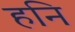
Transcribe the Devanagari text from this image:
हनि